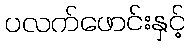
ပလက်ဖောင်းနှင့်